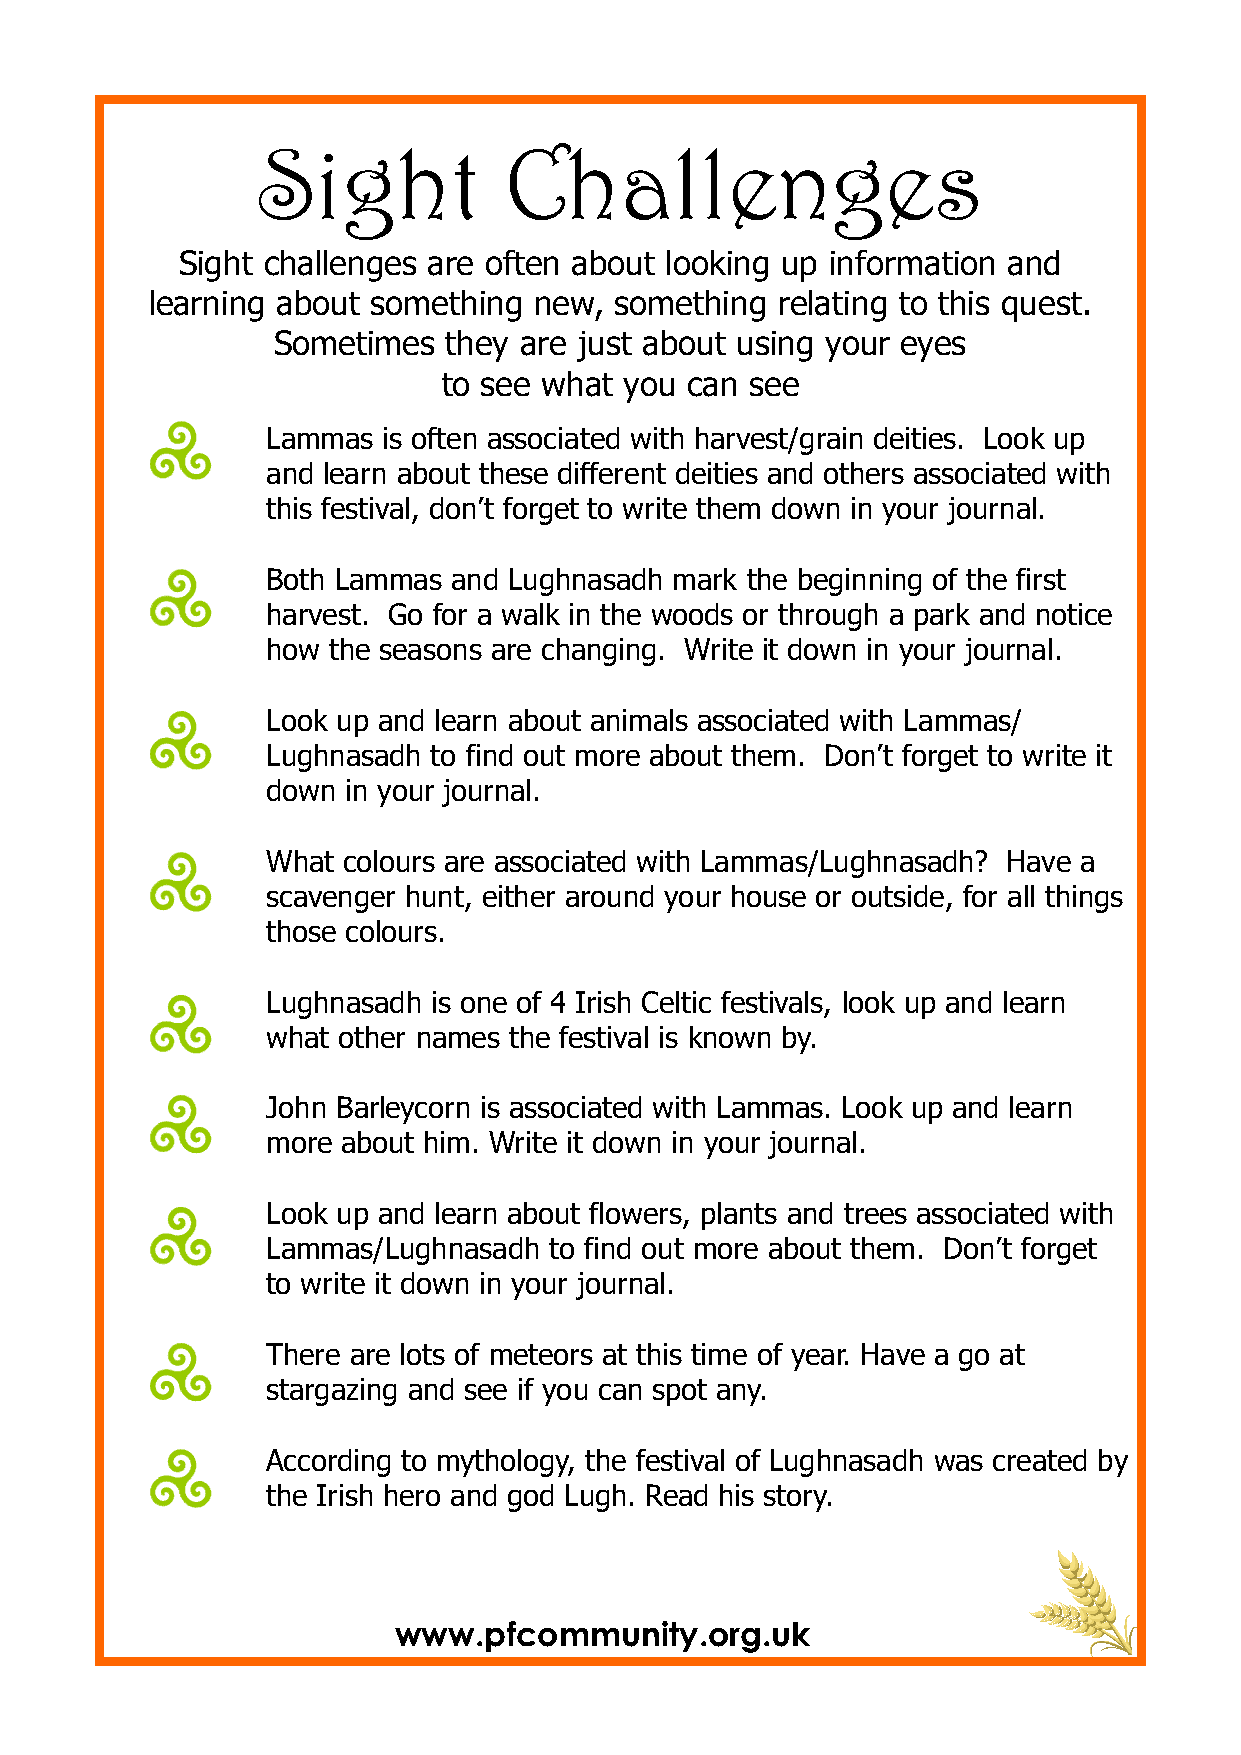
Sight           Challenges
 Sight challenges are often about looking up information and
 learning about something new,  something  relating to this quest.
 Sometimes   they are just about using your eyes
 to see what you  can see
 Lammas is often associated with harvest/grain deities. Look up
 and learn about these different deities and others associated with
 this festival, don’t forget to write them down in your journal.
 Both Lammas and Lughnasadh mark the beginning of the first
 harvest. Go for a walk in the woods or through a park and notice
 how the seasons are changing. Write it down in your journal.
 Look up and learn about animals associated with Lammas/
 Lughnasadh to find out more about them. Don’t forget to write it
 down in your journal.
 What colours are associated with Lammas/Lughnasadh? Have a
 scavenger hunt, either around your house or outside, for all things
 those colours.
 Lughnasadh is one of 4 Irish Celtic festivals, look up and learn
 what other names the festival is known by.
 John Barleycorn is associated with Lammas. Look up and learn
 more about him. Write it down in your journal.
 Look up and learn about flowers, plants and trees associated with
 Lammas/Lughnasadh to find out more about them. Don’t forget
 to write it down in your journal.
 There are lots of meteors at this time of year. Have a go at
 stargazing and see if you can spot any.
 According to mythology, the festival of Lughnasadh was created by
 the Irish hero and god Lugh. Read his story.
 www.pfcommunity.org.uk